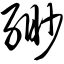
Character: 缈